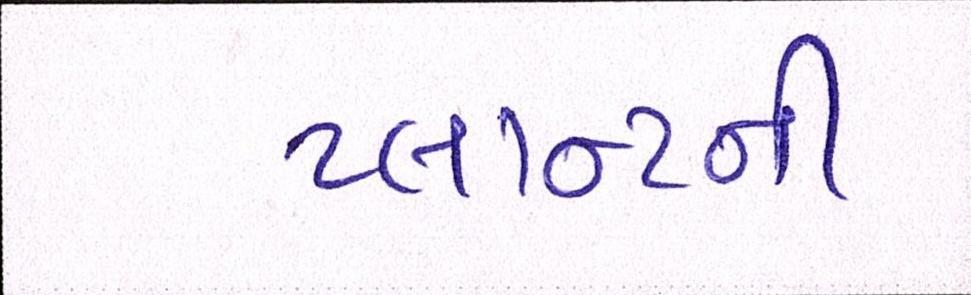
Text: પ્લાન્ટની